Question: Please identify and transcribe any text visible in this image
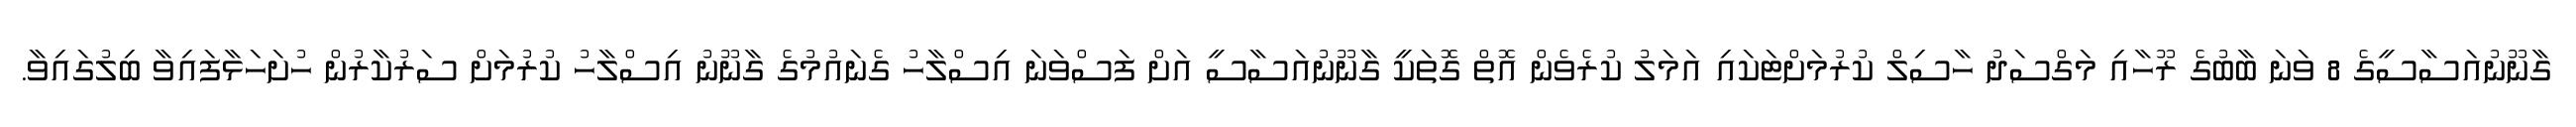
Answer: ގާނޫނުއަސާސީގެ 8 ވަނަ ބާބުގެ ރޫހާއި މަގްސަދު ހާސިލް ކުރުމަށްޓަކައި އަމަލު ކުރެވެން އޮތް ގޮތަކީ ގާނޫނުއަސާސީ އަށް ފަސްވަނަ އިސްލާހު ގެނައުމުގެ ގާނޫނު އިސްލާހު ކުރުމަށް ސަރުކާރުން ހުށަހަޅާފައިވާ ބިލުގައިވާ.